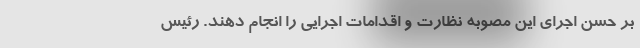
بر حسن اجرای این مصوبه نظارت و اقدامات اجرایی را انجام دهند. رئیس